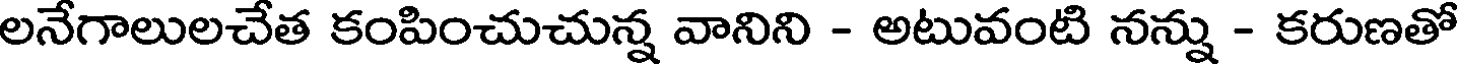
లనేగాలులచేత కంపించుచున్న వానిని - అటువంటి నన్ను - కరుణతో